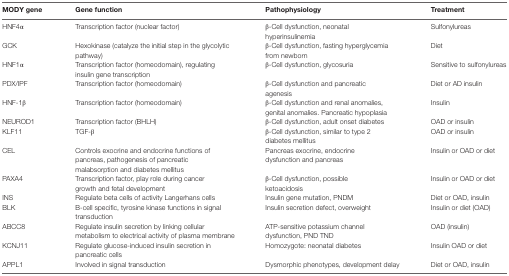
<table><thead><tr><td><b>MODY gene</b></td><td><b>Gene function</b></td><td><b>Pathophysiology</b></td><td><b>Treatment</b></td></tr></thead><tbody><tr><td>HNF4α</td><td>Transcription factor (nuclear factor)</td><td>β-Cell dysfunction, neonatal hyperinsulinemia</td><td>Sulfonylureas</td></tr><tr><td>GCK</td><td>Hexokinase (catalyze the initial step in the glycolytic pathway)</td><td>β-Cell dysfunction, fasting hyperglycemia from newborn</td><td>Diet</td></tr><tr><td>HNF1α</td><td>Transcription factor (homeodomain), regulating insulin gene transcription</td><td>β-Cell dysfunction, glycosuria</td><td>Sensitive to sulfonylureas</td></tr><tr><td>PDX/IPF</td><td>Transcription factor (homeodomain)</td><td>β-Cell dysfunction and pancreatic agenesis</td><td>Diet or AD insulin</td></tr><tr><td>HNF-1β</td><td>Transcription factor (homeodomain)</td><td>β-Cell dysfunction and renal anomalies, genital anomalies. Pancreatic hypoplasia</td><td>Insulin</td></tr><tr><td>NEUROD1</td><td>Transcription factor (BHLH)</td><td>β-Cell dysfunction, adult onset diabetes</td><td>OAD or insulin</td></tr><tr><td>KLF11</td><td>TGF-β</td><td>β-Cell dysfunction, similar to type 2 diabetes mellitus</td><td>OAD or insulin</td></tr><tr><td>CEL</td><td>Controls exocrine and endocrine functions of pancreas, pathogenesis of pancreatic malabsorption and diabetes mellitus</td><td>Pancreas exocrine, endocrine dysfunction and pancreas</td><td>Insulin or OAD or diet</td></tr><tr><td>PAXA4</td><td>Transcription factor, play role during cancer growth and fetal development</td><td>β-Cell dysfunction, possible ketoacidosis</td><td>Insulin or OAD or diet</td></tr><tr><td>INS</td><td>Regulate beta cells of activity Langerhans cells</td><td>Insulin gene mutation, PNDM</td><td>Diet or OAD, insulin</td></tr><tr><td>BLK</td><td>B-cell specific, tyrosine kinase functions in signal transduction</td><td>Insulin secretion defect, overweight</td><td>Insulin or diet (OAD)</td></tr><tr><td>ABCC8</td><td>Regulate insulin secretion by linking cellular metabolism to electrical activity of plasma membrane</td><td>ATP-sensitive potassium channel dysfunction, PND TND</td><td>OAD (insulin)</td></tr><tr><td>KCNJ11</td><td>Regulate glucose-induced insulin secretion in pancreatic cells</td><td>Homozygote: neonatal diabetes</td><td>Insulin OAD or diet</td></tr><tr><td>APPL1</td><td>Involved in signal transduction</td><td>Dysmorphic phenotypes, development delay</td><td>Diet or OAD, insulin</td></tr></tbody></table>